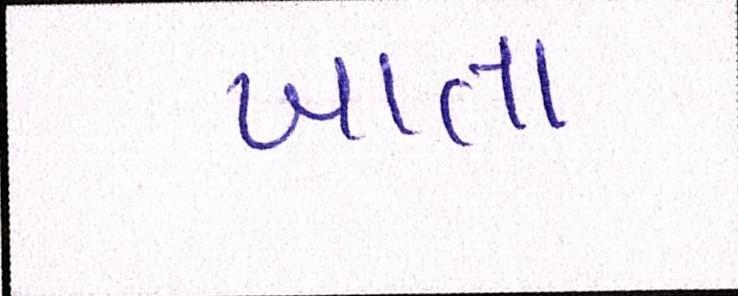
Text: ખાતા